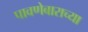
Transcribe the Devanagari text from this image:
पावणेबाराच्या